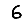
Digit: 6